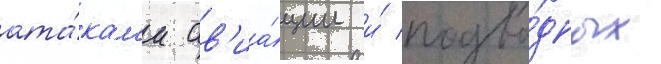
ата́кам'и ав'иа́ции и́ подво́дных